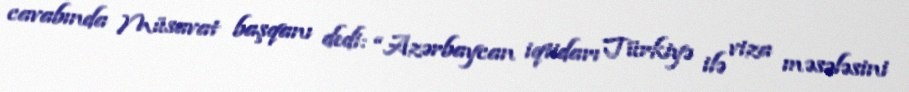
cavabında Müsavat başqanı dedi: “Azərbaycan iqtidarı Türkiyə ilə viza məsələsini